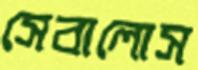
সেবালোস